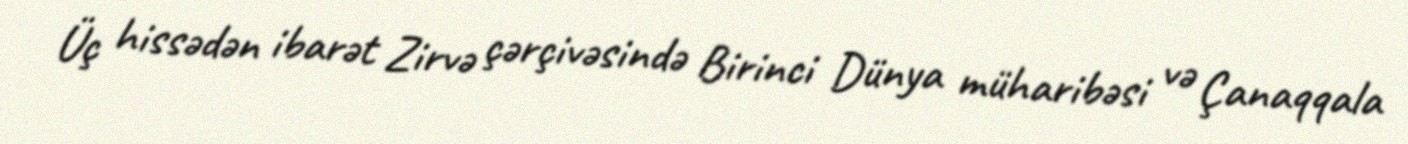
Üç hissədən ibarət Zirvə çərçivəsində Birinci Dünya müharibəsi və Çanaqqala